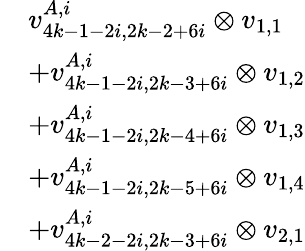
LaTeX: \begin{array}{rl}&{v_{4k-1-2i,2k-2+6i}^{A,i}\otimes v_{1,1}}\\ &{+v_{4k-1-2i,2k-3+6i}^{A,i}\otimes v_{1,2}}\\ &{+v_{4k-1-2i,2k-4+6i}^{A,i}\otimes v_{1,3}}\\ &{+v_{4k-1-2i,2k-5+6i}^{A,i}\otimes v_{1,4}}\\ &{+v_{4k-2-2i,2k-3+6i}^{A,i}\otimes v_{2,1}}\end{array}